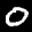
Label: 0